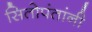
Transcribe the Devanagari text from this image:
सितोपंतांनी